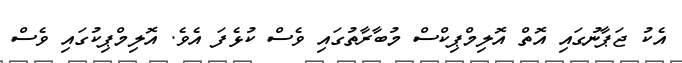
އެކު ޖަޕާނުގައި އޮތް އޮލިމްޕިކްސް މުބާރާތުގައި ވެސް ކުޅެފަ އެވެ. އޮލިމްޕިކުގައި ވެސް